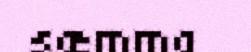
sæmma